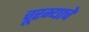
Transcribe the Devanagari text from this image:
चूरम्याचे